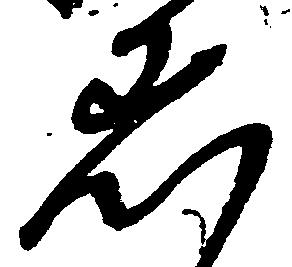
着